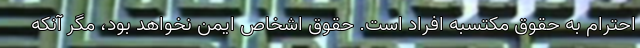
احترام به حقوق مکتسبه افراد است. حقوق اشخاص ایمن نخواهد بود، مگر آنکه